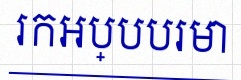
រកអប្បបរមា